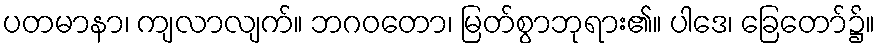
ပတမာနာ၊ ကျလာလျက်။ ဘဂဝတော၊ မြတ်စွာဘုရား၏။ ပါဒေ၊ ခြေတော်၌။